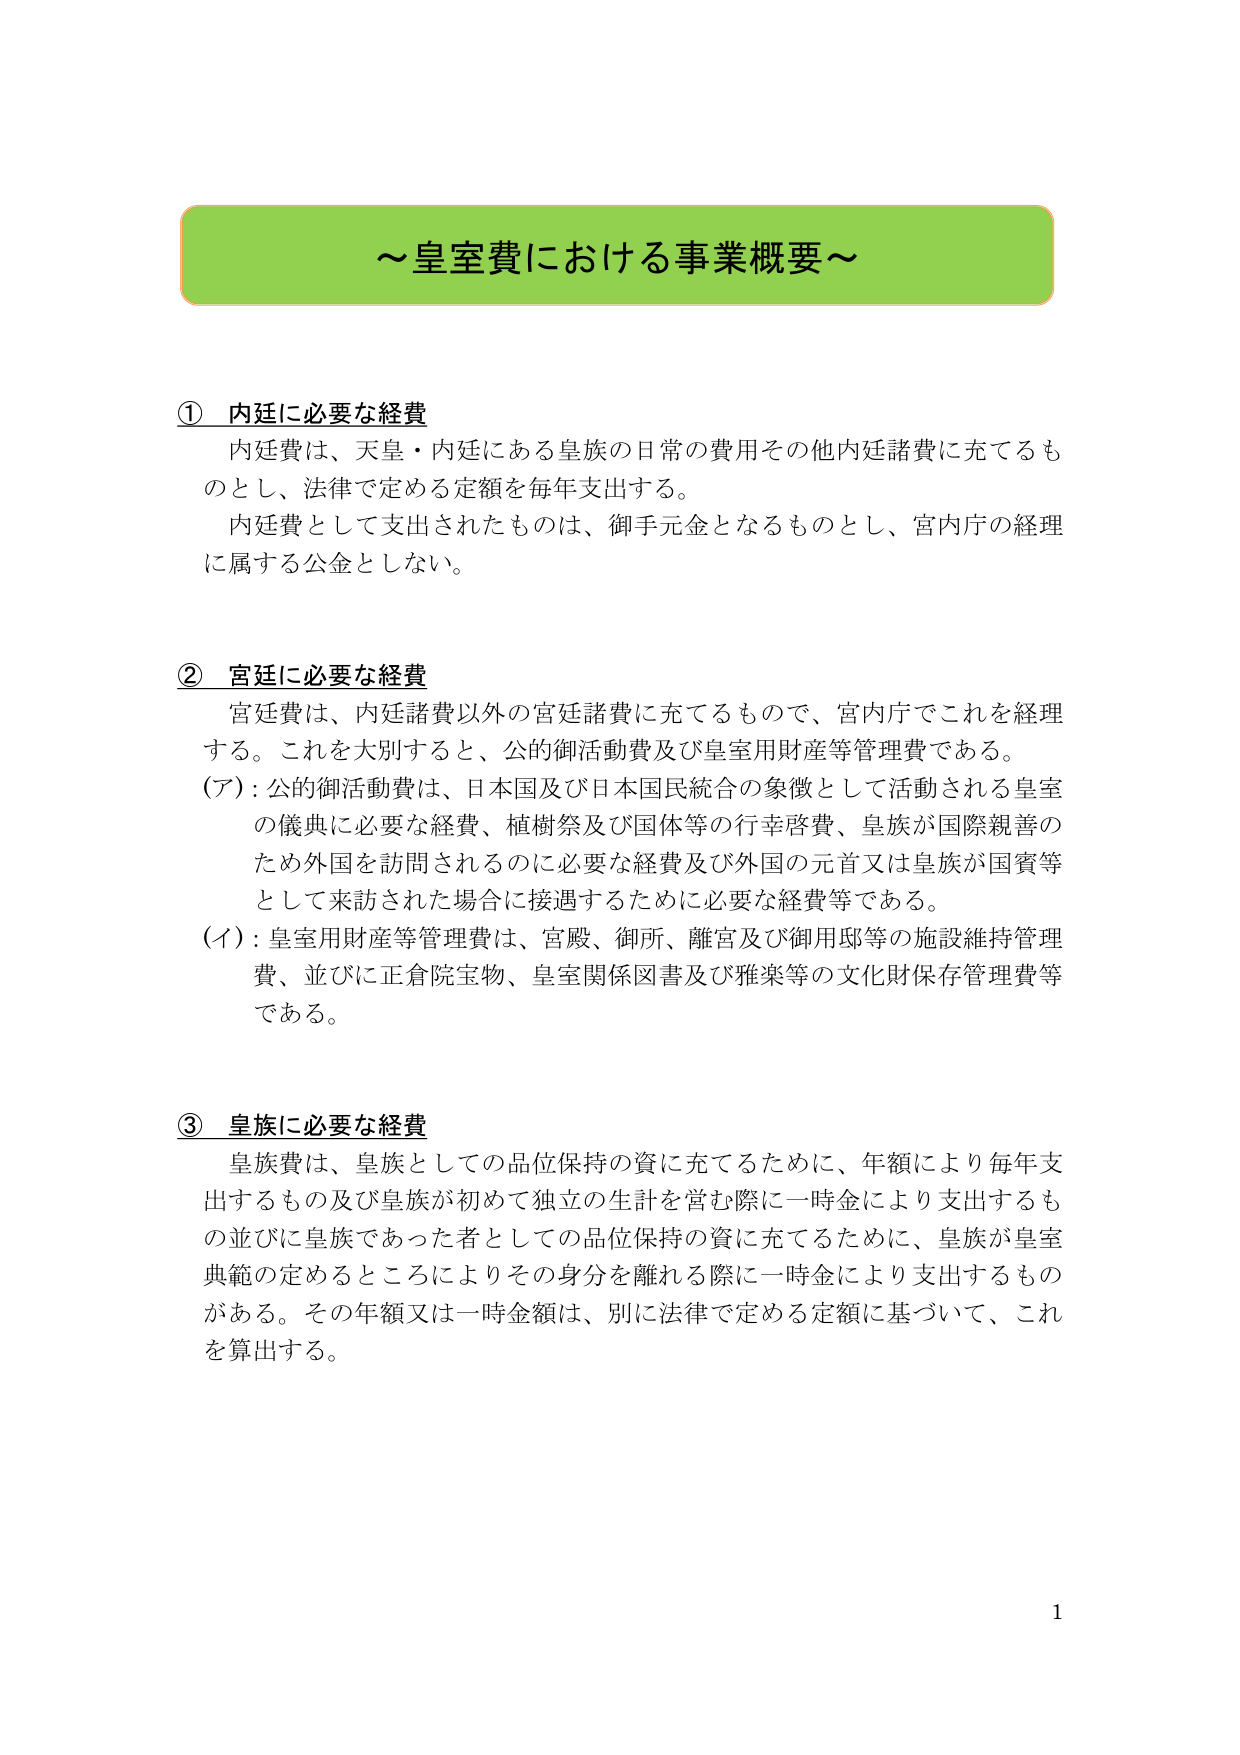
～皇室費における事業概要～

① 内廷に必要な経費
　内廷費は、天皇・内廷にある皇族の日常の費用その他内廷諸費に充てるものとし、法律で定める定額を毎年支出する。
　内廷費として支出されたものは、御手元金となるものとし、宮内庁の経理に属する公金としない。

② 宮廷に必要な経費
　宮廷費は、内廷諸費以外の宮廷諸費に充てるもので、宮内庁でこれを経理する。これを大別すると、公的御活動費及び皇室用財産等管理費である。
（ア）：公的御活動費は、日本国及び日本国民統合の象徴として活動される皇室の儀典に必要な経費、植樹祭及び国体等の行幸啓費、皇族が国際親善のため外国を訪問されるのに必要な経費及び外国の元首又は皇族が国賓等として来訪された場合に接遇するために必要な経費等である。
（イ）：皇室用財産等管理費は、宮殿、御所、離宮及び御用邸等の施設維持管理費、並びに正倉院宝物、皇室関係図書及び雅楽等の文化財保存管理費等である。

③ 皇族に必要な経費
　皇族費は、皇族としての品位保持の資に充てるために、年額により毎年支出するもの及び皇族が初めて独立の生計を営む際に一時金により支出するもの並びに皇族であった者としての品位保持の資に充てるために、皇族が皇室典範の定めるところによりその身分を離れる際に一時金により支出するものがある。その年額又は一時金額は、別に法律で定める定額に基づいて、これを算出する。

1